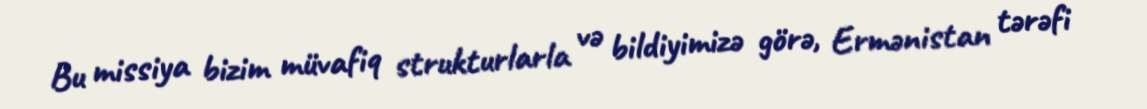
Bu missiya bizim müvafiq strukturlarla və bildiyimizə görə, Ermənistan tərəfi